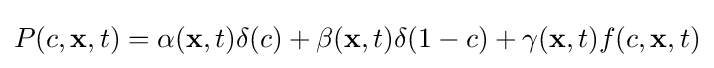
P(c,\mathbf {x} ,t)=\alpha (\mathbf {x} ,t)\delta (c)+\beta (\mathbf {x} ,t)\delta (1-c)+\gamma (\mathbf {x} ,t)f(c,\mathbf {x} ,t)